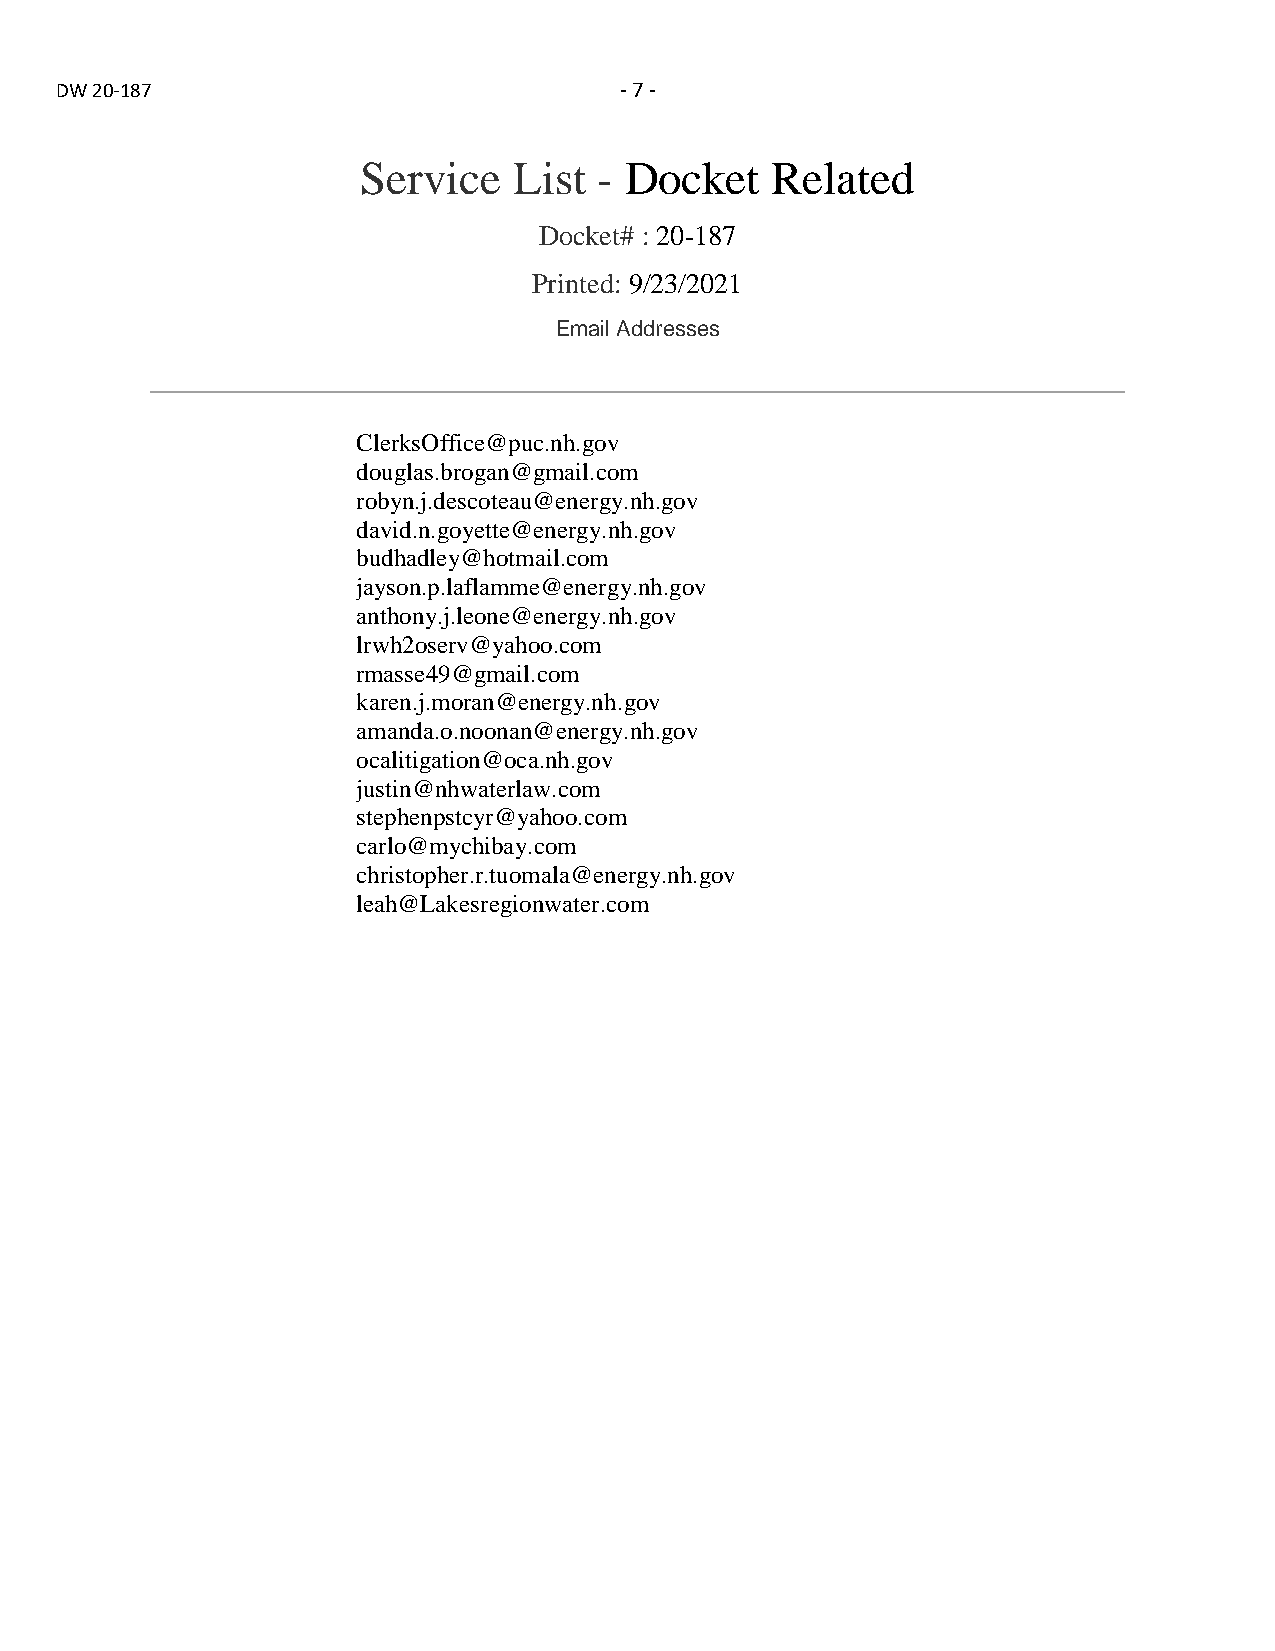
DW 20-187                            - 7 -
 Service   List  - Docket   Related
 Docket# : 20-187
 Printed: 9/23/2021
 Email Addresses
 ClerksOffice@puc.nh.gov
 douglas.brogan@gmail.com
 robyn.j.descoteau@energy.nh.gov
 david.n.goyette@energy.nh.gov
 budhadley@hotmail.com
 jayson.p.laflamme@energy.nh.gov
 anthony.j.leone@energy.nh.gov
 lrwh2oserv@yahoo.com
 rmasse49@gmail.com
 karen.j.moran@energy.nh.gov
 amanda.o.noonan@energy.nh.gov
 ocalitigation@oca.nh.gov
 justin@nhwaterlaw.com
 stephenpstcyr@yahoo.com
 carlo@mychibay.com
 christopher.r.tuomala@energy.nh.gov
 leah@Lakesregionwater.com